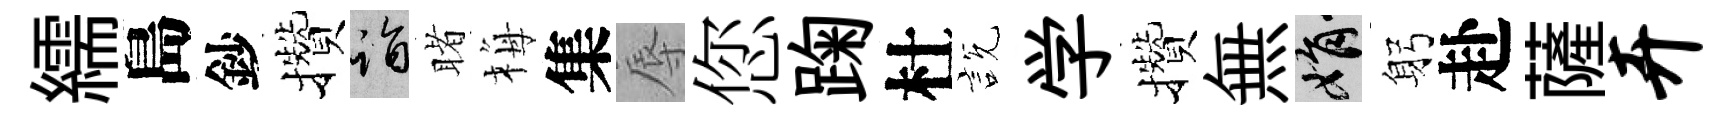
繻島鈔攢诣睹梅集辱您踘杜説学攢無娟躬赴薩卉